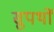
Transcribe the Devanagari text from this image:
सुपथों